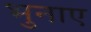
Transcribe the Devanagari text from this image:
भुनाए